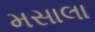
મસાલા